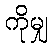
ကိုမျှ